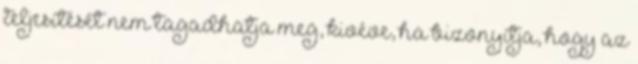
teljesítését nem tagadhatja meg, kivéve, ha bizonyítja, hogy az